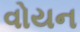
વોયન